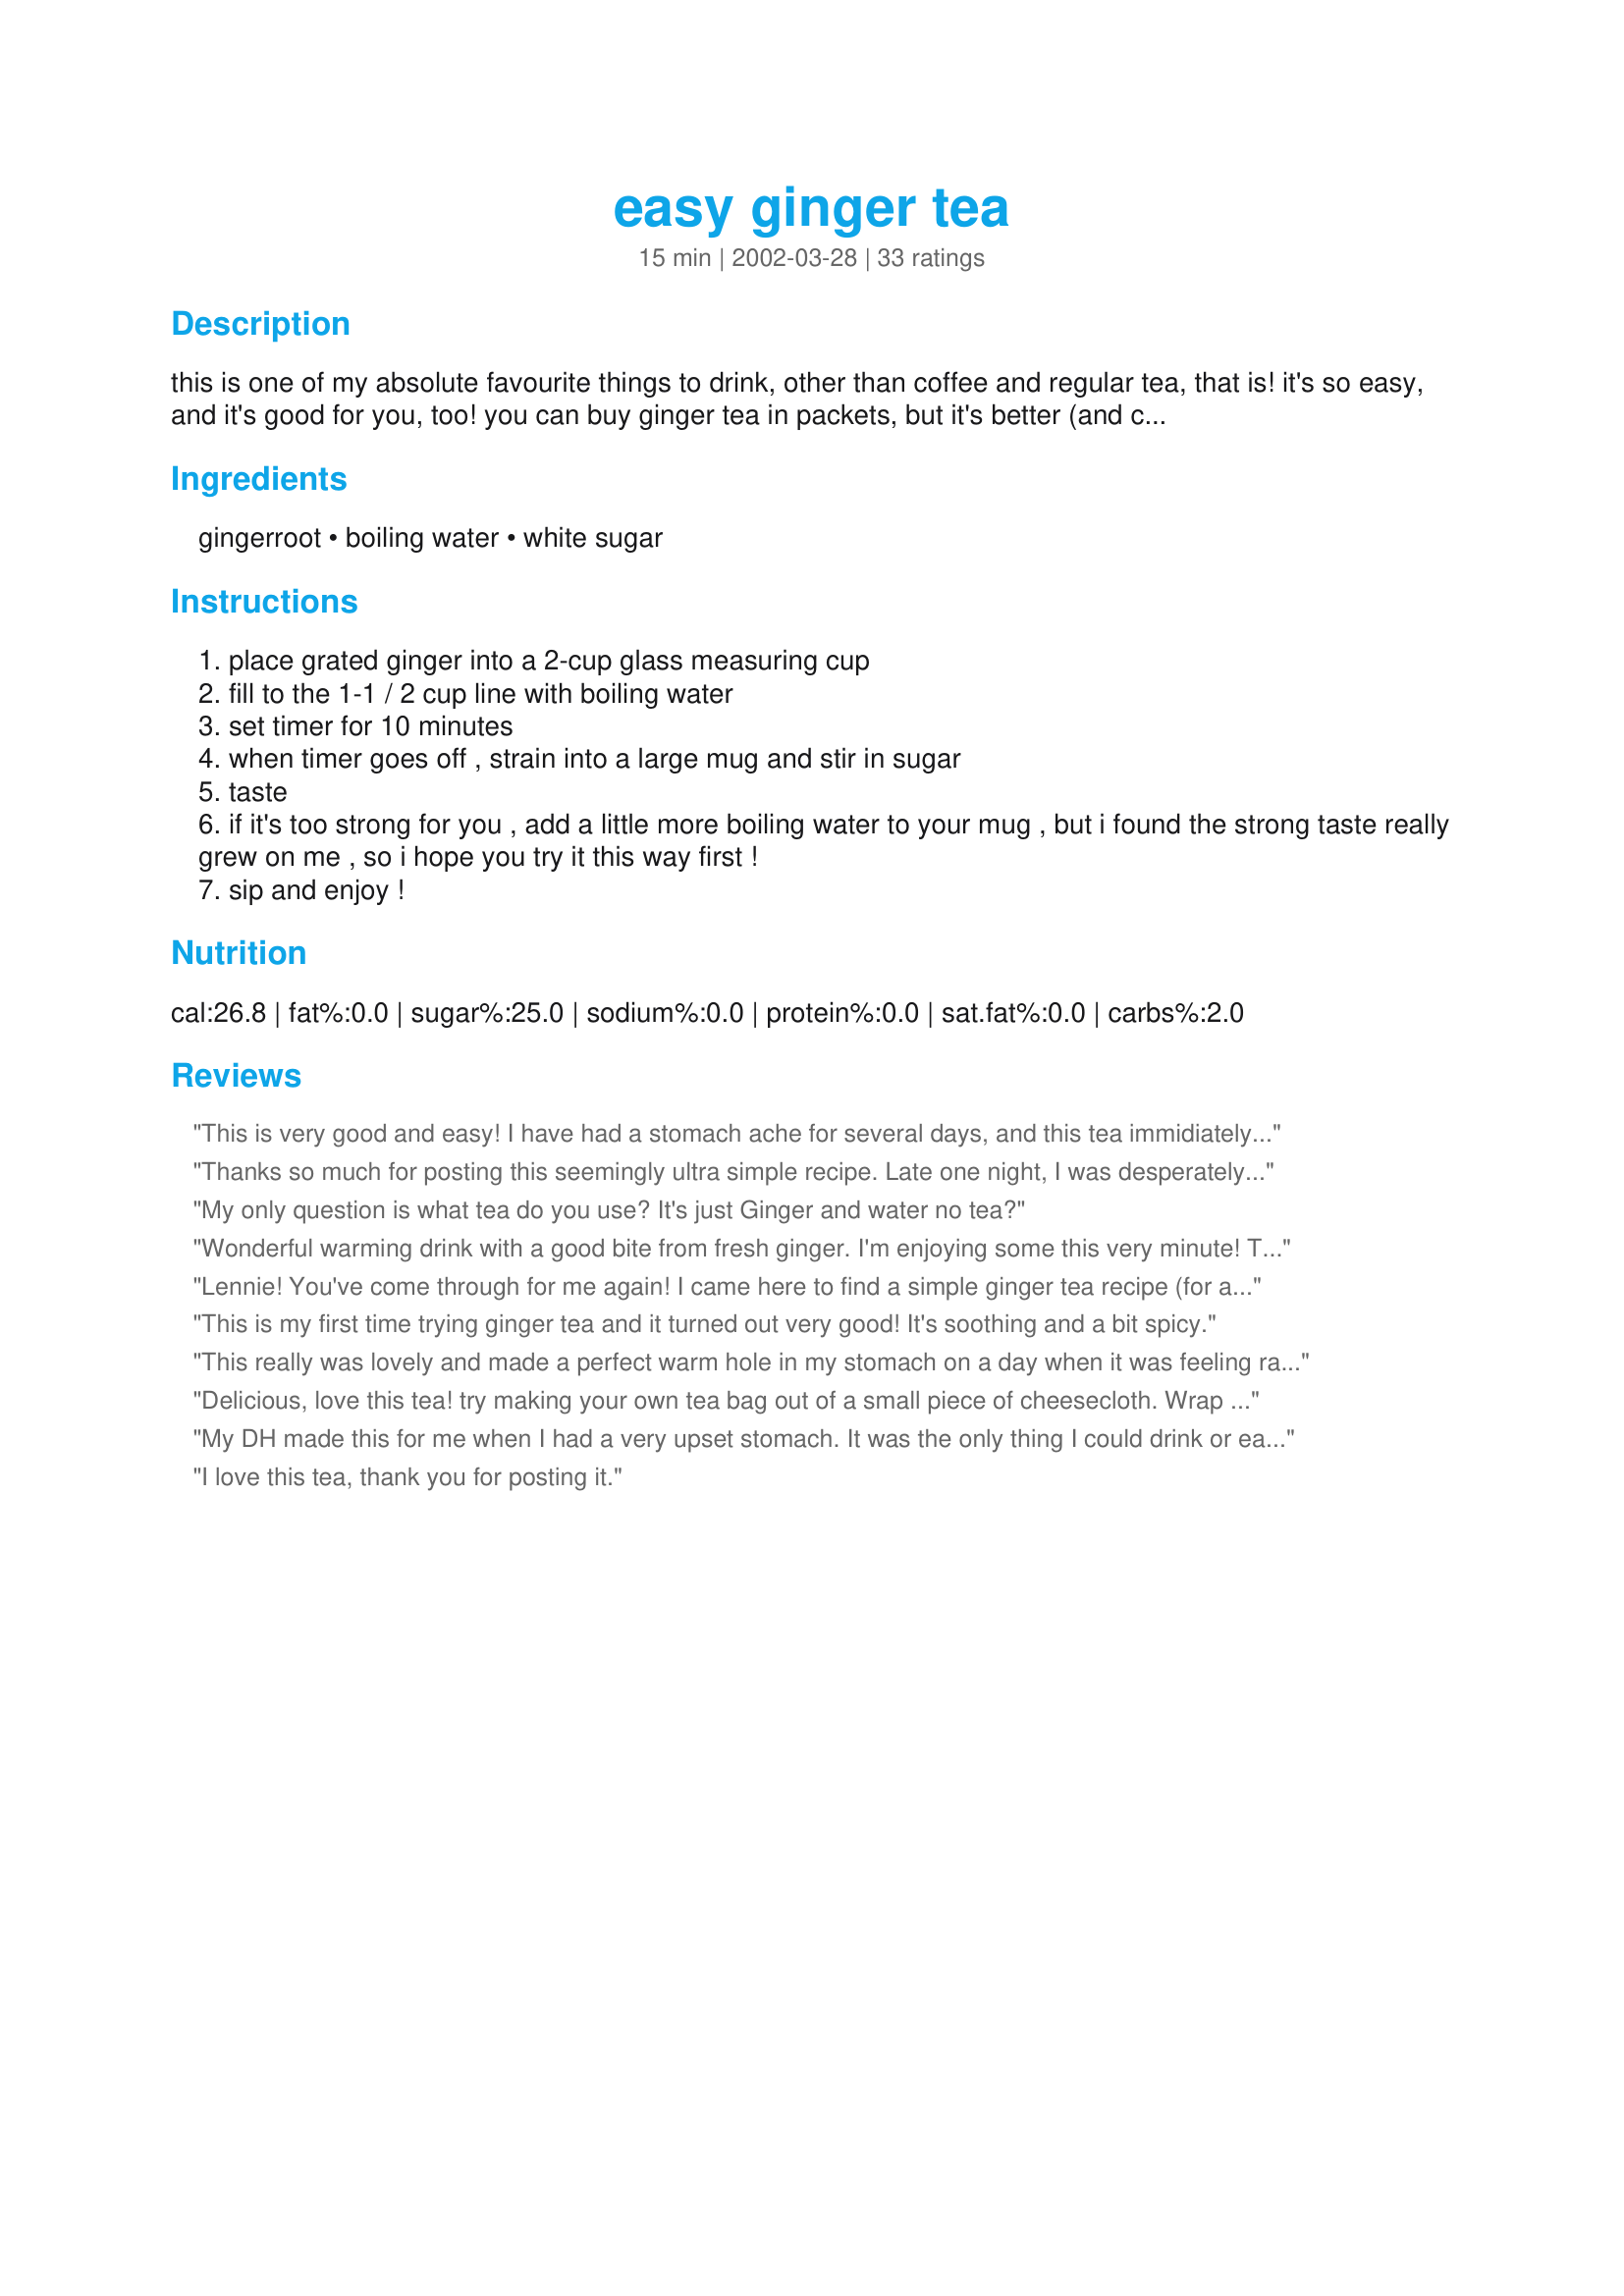
easy ginger tea
Preparation time: 15 minutes

this is one of my absolute favourite things to drink, other than coffee and regular tea, that is! it's so easy, and it's good for you, too! you can buy ginger tea in packets, but it's better (and cheaper, too) to just make your own with fresh ginger. thanks to cdn living magazine for the original recipe i based this on!

Ingredients:
gingerroot, boiling water, white sugar

Steps:
place grated ginger into a 2-cup glass measuring cup
fill to the 1-1 / 2 cup line with boiling water
set timer for 10 minutes
when timer goes off , strain into a large mug and stir in sugar
taste
if it's too strong for you , add a little more boiling water to your mug , but i found the strong taste really grew on me , so i hope you try it this way first !
sip and enjoy !

Reviews:
This is very good and easy! I have had a stomach ache for several days, and this tea immidiately started to ease the ache! I used blue agave nectar for the sweet, and it tastes great! Thank you!
Thanks so much for posting this seemingly ultra simple recipe. Late one night, I was desperately looking for a single-cup homemade recipe of ginger tea to hopefully soothe my week-long ailing stomach. I knew ginger was known for helping the digestive tract so I wanted something simple & without extra ingredients, but I had never actually made, or had, just "Ginger Tea" before (so off to recipezaar I went). The ratios & the steep time of this recipe created the absolute perfect cup! It was Intense, but addicting - Somehow just right! This is now my permanent basic ginger tea recipe to which I have already repeatedly used. I do use honey in place of the sugar. Oh, and it really was therapeutic for my stomach :) Thank You!
My only question is what tea do you use? It's just Ginger and water no tea?
Wonderful warming drink with a good bite from fresh ginger. I'm enjoying some this very minute! Thanks, Lennie!
Lennie! You've come through for me again! I came here to find a simple ginger tea recipe (for an upset stomach). As soon as I saw one with your name on it, I printed it, made it and here I sit drinking it! Exactly what I was looking for. The only change I made was substituting honey for the sugar since I use honey in my tea normally. Thank you, Lennie!
M&Mers
This is my first time trying ginger tea and it turned out very good! It's soothing and a bit spicy.
This really was lovely and made a perfect warm hole in my stomach on a day when it was feeling rather upset. I didn't change anything although I may experiment with using honey instead of sugar next time. Thanks so much for sharing!
Delicious, love this tea! try making your own tea bag out of a small piece of cheesecloth. Wrap the ginger up inside and tie in a knot, and leave a long piece coming off from the knot. Leave this long part sticking out of your teapot and simply pull it out when you're done steeping! This relieves you of having to strain it when it's done. It works great! Also try adding some lemon zest into the teabag.
My DH made this for me when I had a very upset stomach. It was the only thing I could drink or eat. It saved me! I like green tea (Lipton's) best, tho I drink all kinds of tea. This is good if you're dieting, too.
I love this tea, thank you for posting it.
The Best! This is so tasty and is also great for an upset stomach. As I have a bit of a sweet tooth did add a little more sugar. Thanks so much for the post.
Thanks for posting this recipe I wanted to try ginger tea to see if it could help with my inflammation in my lower back, but did not want to have to buy ginger to try it out. I just happened to have fresh ginger in the fridge.
Very nice... soothing AND energizing. Thanks Lennie !
Excellent pick-me-up! It's great for a rumbling stomach, or for a cold morning, or for a cozy evening, or to get you going on a slow morning. Many thanks!
How much ginger do I use to make a gallon?
Made this evening using grated fresh ginger, a packet of orange/spice tea and a little splenda for sweetner. A wonderful cup of tea! So good I had 2 cups. Made my scratchy throat feel better too.
Wonderful!!!Thanks for sharing.
Ginger tea is my favorite. I'm going to try using seltzer wjater and making ginger water! Thanks so much for this. So much more cost effectivevand fresh than the ginger tea bags.
Wonderful! I made this with ginger paste and didn't bother to strain it. Thank you so much for the recipe!
This is a great beverage. I started out grating, but my ginger wasn't the freshest so I ended up mincing the rest. The ginger I had yielded considerably more than 1 1/2 teaspoons so I made a quart. I kept the peel on and used wildflower honey. Tasty.
Just as it should be! Perfection!
According to info on the internet, the benefits of ginger root are phenomenal -- from weight loss, strengthening the function of kidney, bladder, uterus and liver, helping prevent strokes, anti-inflammatory...I never knew what to do with it. Thanks! This tea is superb.
i drink this all the time, usually with a slice of lemon. it's great, with/without sweetener. Great after a karaoke session, it really soothes the throat. thanks lennie!
I've made this twice now, the first time, i took your advice and i did try it this way, it was a little too strong for me, but i'm sure the more ginger the healthier. The second time i made this i had really bad stomach cramps, i used 3/4 tsp. grated ginger and 2-cups boiling water (i like to use a big mug too), with 1 packet of splenda and a squeeze of fresh lemon juice and this made my stomach feel so much better, and i was able to get to sleep last night. I'll be making this alot, in fact i'm making a cup right now. Thank you Lennie, i am going to keep trying a little more ginger each time i make this, because i'm sure it's healthier this way.
I am amazed at how simple and great tasting your recipe is! I will definitely be using this again. Can hardly wait for my wife to get home for her to try it. &lt;br/&gt;&lt;br/&gt;I do want to make a comment in general about rating recipes. If the recipe is modified in any way I believe it&#039;s unfair to rate it. For example, Lennie&#039;s recipe... see virtually all ratings are 5 stars but one that used candied ginger instead of ginger root ..... then that person dropped the rating to 4 stars!!!! Booooo! &lt;br/&gt;&lt;br/&gt;Thanks for the recipe Lennie!
Nice ginger tea. I used candied ginger and left out the sugar. A lovely evening drink.
Super easy and delicious. I used sweetener vs the real sugar b/c I am watching my carbs/sugar intake but it was just as good. You could also use honey. This is a keeper!
Loved this recipe, it's fast and easy and soooo soothing. I enjoyed just as directed, I did use a little less sugar as that's the what I prefer. I can see this is going to be my new favorite evening drink. Thanks Lennie, I love ginger in any thing but never thought of it in tea. Just perfect.
I agree that this is a wonderful beverage at any time, but it's particularly good if you have an upset stomach or headache. I have been making this using minced ginger (or just sliced, if I'm really rushed, but mincing or grating releases more of the heady ginger scent). Also, if you do not have fresh ginger, make this with crystallized ginger - that is a handy kitchen staple. You'll need little, if any, additional sweetener with the crystallized ginger.
I have to say that the taste has to be acquired, it burned my throat like I drank pepper. :)
The maplesyrup helped alot...
Great tea! It is really good for indigestion too! thanks for posting!
I won&#039;t rate this right now. I have a horrible cold/sinus infection, and found this recipe on the internet (or one pretty much like it). I adore ginger, but not sure I want to sip on this, but was trying it to see if it helped open up the ears/nose. It got rave reviews for just that, so crossing fingers.
Love, love this tea!! I like the stronger taste of the ginger as well! Instead of grating it, I shaved off about a 1-inch piece in super thin slices with a sharp paring knife. I love the flavor of lemon in it but for convenience I use True Lemon crystallized lemon powder. I have sweetened with sugar, and with Sweet 'n Low, both were good. Thanks for sharing your recipe, I'm be making it a lot now.
